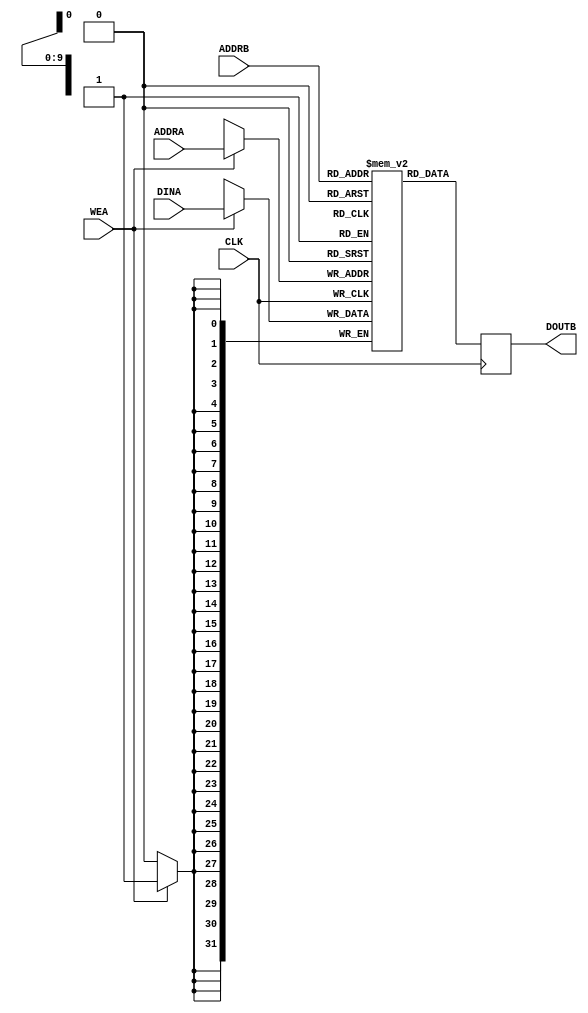
// ----------------------------------------------------------------------
// Copyright (c) 2016, The Regents of the University of California All
// rights reserved.
// 
// Redistribution and use in source and binary forms, with or without
// modification, are permitted provided that the following conditions are
// met:
// 
//     * Redistributions of source code must retain the above copyright
//       notice, this list of conditions and the following disclaimer.
// 
//     * Redistributions in binary form must reproduce the above
//       copyright notice, this list of conditions and the following
//       disclaimer in the documentation and/or other materials provided
//       with the distribution.
// 
//     * Neither the name of The Regents of the University of California
//       nor the names of its contributors may be used to endorse or
//       promote products derived from this software without specific
//       prior written permission.
// 
// THIS SOFTWARE IS PROVIDED BY THE COPYRIGHT HOLDERS AND CONTRIBUTORS
// "AS IS" AND ANY EXPRESS OR IMPLIED WARRANTIES, INCLUDING, BUT NOT
// LIMITED TO, THE IMPLIED WARRANTIES OF MERCHANTABILITY AND FITNESS FOR
// A PARTICULAR PURPOSE ARE DISCLAIMED. IN NO EVENT SHALL REGENTS OF THE
// UNIVERSITY OF CALIFORNIA BE LIABLE FOR ANY DIRECT, INDIRECT,
// INCIDENTAL, SPECIAL, EXEMPLARY, OR CONSEQUENTIAL DAMAGES (INCLUDING,
// BUT NOT LIMITED TO, PROCUREMENT OF SUBSTITUTE GOODS OR SERVICES; LOSS
// OF USE, DATA, OR PROFITS; OR BUSINESS INTERRUPTION) HOWEVER CAUSED AND
// ON ANY THEORY OF LIABILITY, WHETHER IN CONTRACT, STRICT LIABILITY, OR
// TORT (INCLUDING NEGLIGENCE OR OTHERWISE) ARISING IN ANY WAY OUT OF THE
// USE OF THIS SOFTWARE, EVEN IF ADVISED OF THE POSSIBILITY OF SUCH
// DAMAGE.
// ----------------------------------------------------------------------
//----------------------------------------------------------------------------
// Version:             1.00.a
// Verilog Standard:    Verilog-2001
// Description:         An inferrable RAM module. Single clock, 1 write port, 1 
//                      read port. In Xilinx designs, specify RAM_STYLE="BLOCK" 
//                      to use BRAM memory or RAM_STYLE="DISTRIBUTED" to use 
//                      LUT memory.
// History:             @mattj: Version 2.0
//-----------------------------------------------------------------------------
`timescale 1ns/1ns
// `include "functions.vh"
module ram_1clk_1w_1r
    #(
      parameter C_RAM_WIDTH = 32,
      parameter C_RAM_DEPTH = 1024
      )
    (
     input                           CLK,
     input [$clog2(C_RAM_DEPTH)-1:0] ADDRA,
     input                           WEA,
     input [$clog2(C_RAM_DEPTH)-1:0] ADDRB,
     input [C_RAM_WIDTH-1:0]         DINA,
     output [C_RAM_WIDTH-1:0]        DOUTB
     );
    localparam C_RAM_ADDR_BITS = $clog2(C_RAM_DEPTH);
    reg [C_RAM_WIDTH-1:0]            rRAM [C_RAM_DEPTH-1:0];
    reg [C_RAM_WIDTH-1:0]            rDout;
    assign DOUTB = rDout;
    always @(posedge CLK) begin
        if (WEA)
            rRAM[ADDRA] <= #1 DINA;
        rDout <= #1 rRAM[ADDRB];
    end    
endmodule